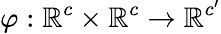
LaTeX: \varphi:\mathbb{R}^{c}\times\mathbb{R}^{c}\to\mathbb{R}^{c^{\prime}}